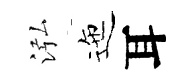
泓迤耳